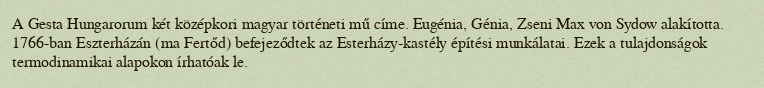
A Gesta Hungarorum két középkori magyar történeti mű címe. Eugénia, Génia, Zseni Max von Sydow alakította. 1766-ban Eszterházán (ma Fertőd) befejeződtek az Esterházy-kastély építési munkálatai. Ezek a tulajdonságok termodinamikai alapokon írhatóak le.